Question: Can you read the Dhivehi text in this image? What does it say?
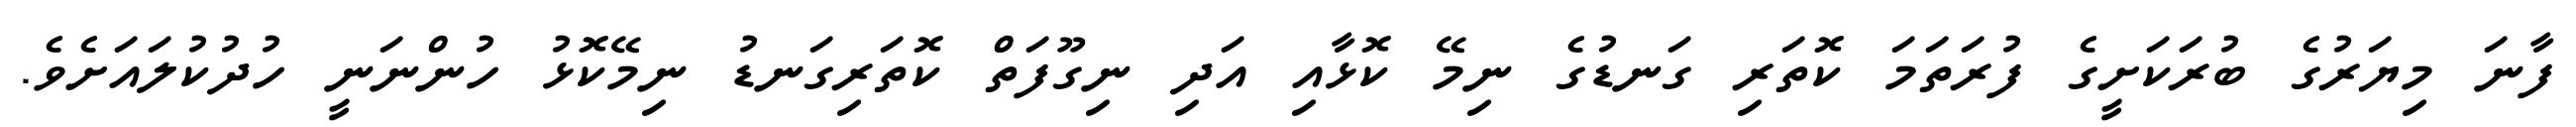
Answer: ފާނަ މިޔަރުގެ ބުރަކަށީގެ ފުރަތަމަ ކޮތަރި ގަނޑުގެ ނިމޭ ކޮޅާއި އަދި ނިގޫފަތް ކޮތަރިގަނޑު ނިމޭކޮޅު ހުންނަނީ ހުދުކުލައަށެވެ.